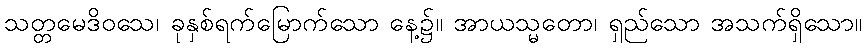
သတ္တမေဒိဝသေ၊ ခုနှစ်ရက်မြောက်သော နေ့၌။ အာယသ္မတော၊ ရှည်သော အသက်ရှိသော။